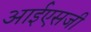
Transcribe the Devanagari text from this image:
आईएसजी